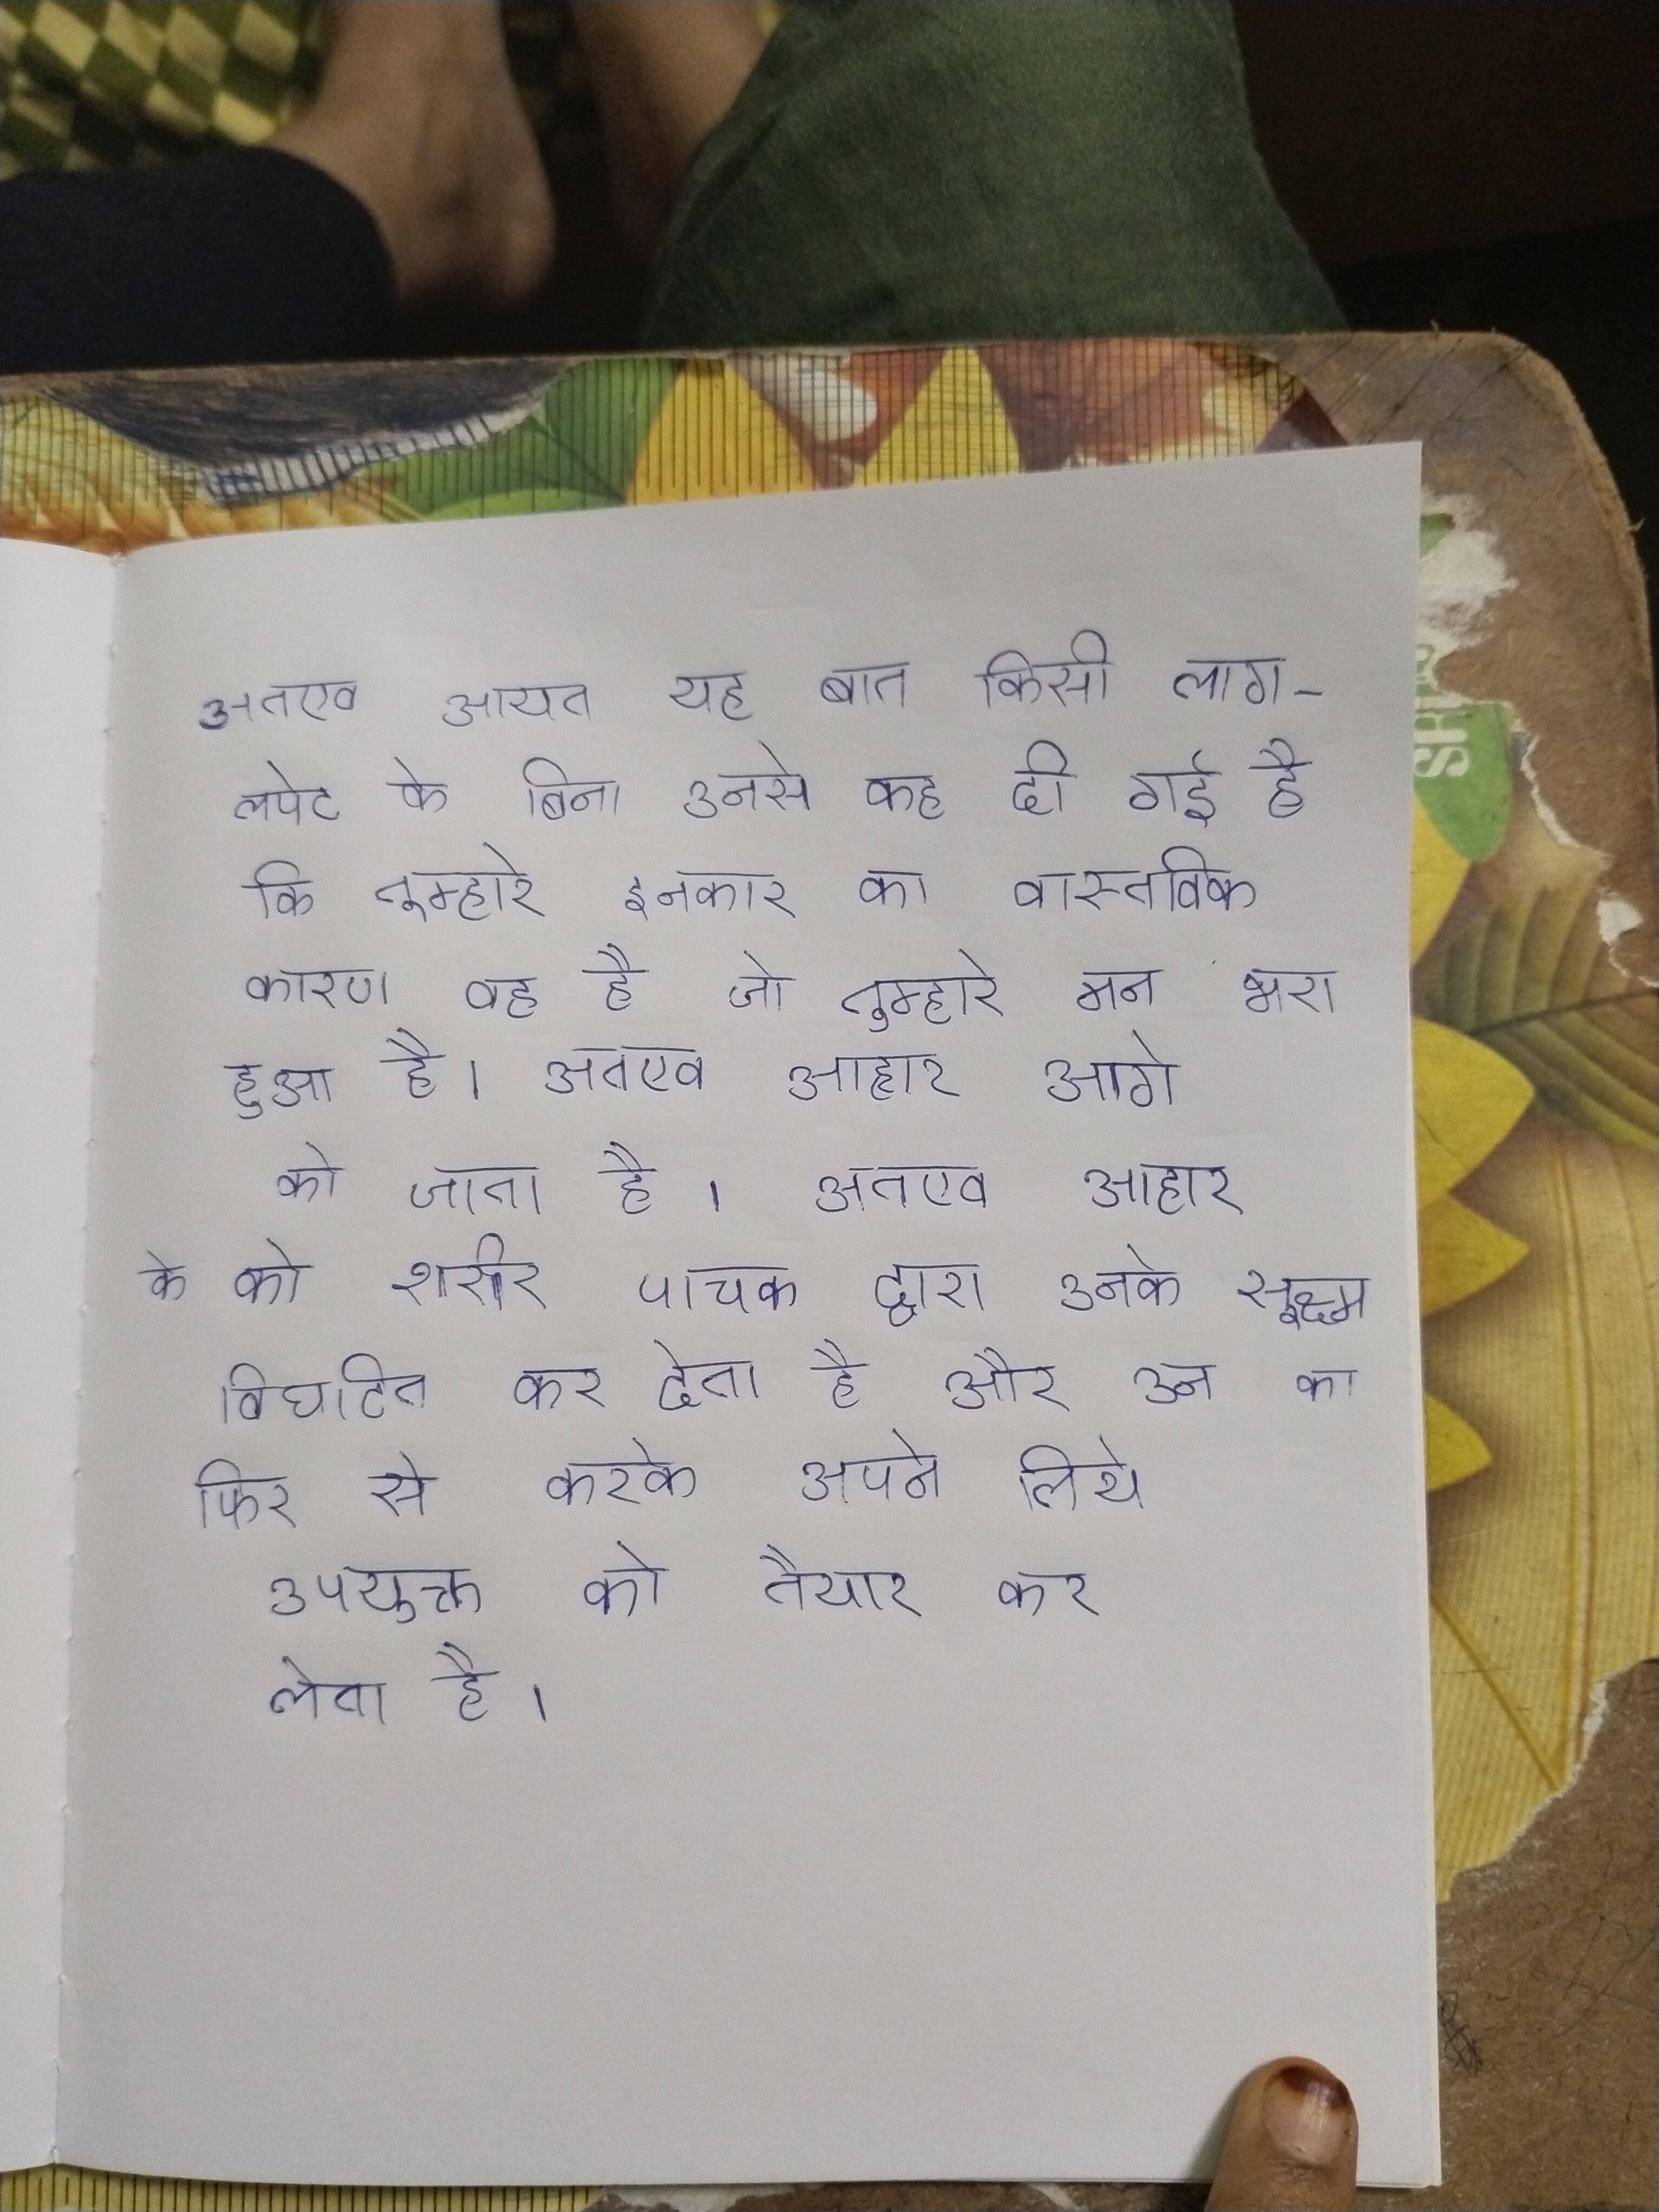
अतएव आयत यह बात किसी लाग-लपेट के बिना उनसे कह दी गई है कि तुम्हारे इनकार का वास्तविक कारण वह है जो तुम्हारे मन भरा हुआ है । अतएव आहार आगे को जाता है । अतएव आहार के को शरीर पाचक द्वारा उनके सूक्ष्म विघटित कर देता है और उन का फिर से करके अपने लिये उपयुक्त को तैयार कर लेता है ।